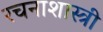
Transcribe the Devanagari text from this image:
रचनाशास्त्री